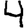
Digit: 4